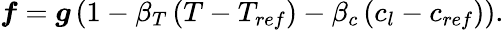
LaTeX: \boldsymbol{f}=\boldsymbol{g}\left(1-\beta_{T}\left(T-T_{ref}\right)-\beta_{c}\left(c_{l}-c_{ref}\right)\right).